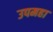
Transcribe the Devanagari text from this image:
उपमहा